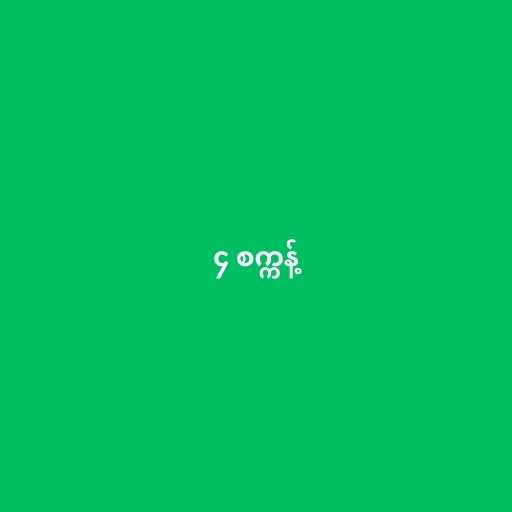
၄ စက္ကန့်